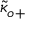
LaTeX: { \tilde { \kappa } } _ { o + }